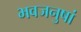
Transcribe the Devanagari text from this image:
भवजनुषां